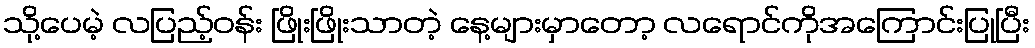
သို့ပေမဲ့ လပြည့်ဝန်း ဖြိုးဖြိုးသာတဲ့ နေ့များမှာတော့ လရောင်ကိုအကြောင်းပြုပြီး